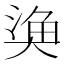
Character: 𭑞